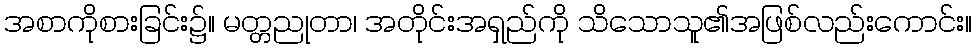
အစာကိုစားခြင်း၌။ မတ္တညုတာ၊ အတိုင်းအရှည်ကို သိသောသူ၏အဖြစ်လည်းကောင်း။